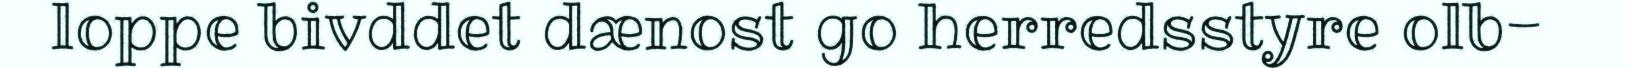
loppe bivddet dænost go herredsstyre olb-